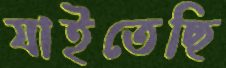
যাইতেছি